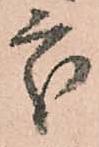
處